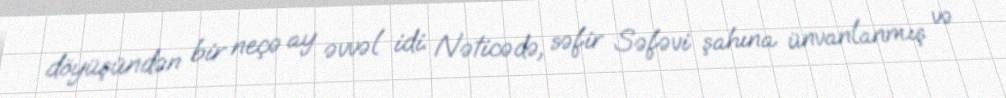
döyüşündən bir neçə ay əvvəl idi. Nəticədə, səfir Səfəvi şahına ünvanlanmış və